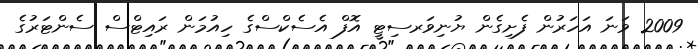
2009 ވަނަ އަހަރުން ފެށިގެން ޔުނިވަރސިޓީ އޮފް އެސެކްސްގެ ހިއުމަން ރައިޓްސް ސެންޓަރުގެ